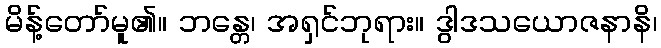
မိန့်တော်မူ၏။ ဘန္တေ၊ အရှင်ဘုရား။ ဒွါဒသယောဇနာနိ၊